Indian Civil Veterinary Department memoirs
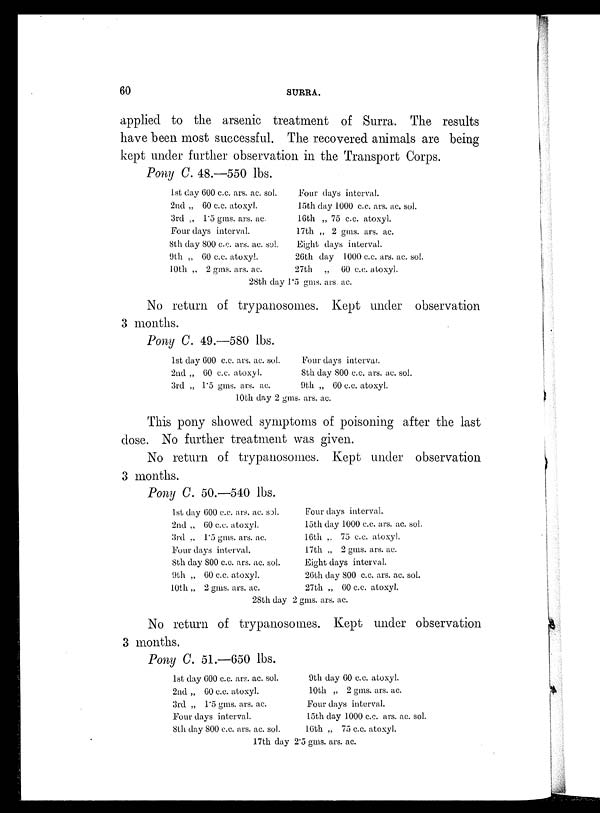
60
SURRA.
applied to the arsenic treatment of Surra. The results
have been most successful. The recovered animals are being
kept under further observation in the Transport Corps.
Pony C. 48.—550 lbs.
1st day 600 c.c. ars. ac. sol.
2nd „ 60 c.c. atoxyl.
3rd „ 1.5 gms. ars. ac.
Four days interval.
8th day 800 c.c. ars. ac. sol.
9th „ 60 c.c. atoxyl.
10th „ 2 gms. ars. ac.
Four days interval.
loth day 1000 c.c. ars. ac. sol.
16th „ 75 c.c. atoxyl.
17th „ 2 gms. ars. ac.
Eight days interval.
26th day 1000 c.c. ars. ac. sol.
27th „ 60 c.c. atoxyl.
28th day 1.5 gms. ars. ac.
No return of trypanosomes. Kept under observation
3 months.
Pony C. 49.—580 lbs.
1st day 600 c.c. ars. ac. sol.
2nd „ 60 c.c. atoxyl.
3rd „ 1.5 gms. ars. ac.
Four days interval.
8th day 800 c.c. ars. ac. sol.
9th „ 60 c.c. atoxyl.
10th day 2 gms. ars. ac.
This pony showed symptoms of poisoning after the last
dose. No further treatment was given.
No return of trypanosomes. Kept under observation
3 months.
Pony C. 50.—540 lbs.
1st day 600 c.c. ars. ac. sol.
2nd „ 60 c.c. atoxyl.
3rd „ 1.5 gms. ars. ac.
Four days interval.
8th day 800 c.c. ars. ac. sol.
9th „ 60 c.c. atoxyl.
10th „ 2 gms. ars. ac.
Four days interval.
15th day 1000 c.c. ars. ac. sol.
16th „ 75 c.c. atoxyl.
17th „ 2 gms. ars. ac.
Eight days interval.
26th day 800 c.c. ars. ac. sol.
27th „ 60 c.c. atoxyl.
28th day 2 gms. ars. ac.
No return of trypanosomes. Kept under observation
3 months.
Pony C. 51.—650 lbs.
1st day 600 c.c. ars. ac. sol.
2nd „ 60 c.c. atoxyl.
3rd „ 1.5 gms. ars. ac.
Four days interval.
8th day 800 c.c. ars. ac. sol.
9th day 60 c.c. atoxyl.
10th „ 2 gms. ars. ac.
Four days interval.
15th day 1000 c.c. ars. ac. sol.
16th „ 75 c.c. atoxyl.
17th day 2.5 gms. ars. ac.